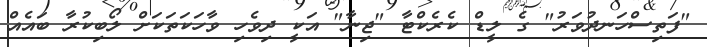
"ފަތިސްހަނދުވަރު" ގެ ލީޑް ކެރެކްޓާ "ޖިނާ" އަކީ ދިވެހި ވާހަކަތަކަށް ލޯބިކުރާ ބައެއް